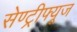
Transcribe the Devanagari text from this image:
सेण्ट्रीफ्यूज